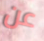
عن